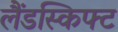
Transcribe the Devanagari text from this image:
लैंडस्किफ्ट